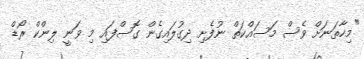
"މިހާތަނަށް ވެސް މަސައްކަތް ނުފެށި ދިގުލައިގެން ގޮސްފައި މި ވަނީ ލިންކް ރޯޑް